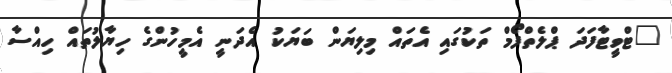
"ޓްވީޓާފަދަ ޕްލެތްފޯމް ތަކުގައި އެތައް މިލިޔަން ބަޔަކު އެދަނީ އެމީހުންގެ ހިޔާލުތައް ހިއްސާ